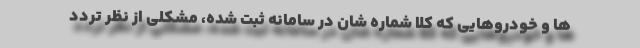
ها و خودروهایی که کلا شماره شان در سامانه ثبت شده، مشکلی از نظر تردد